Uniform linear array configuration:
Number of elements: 32
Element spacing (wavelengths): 0.25
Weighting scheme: uniform
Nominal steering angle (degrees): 60
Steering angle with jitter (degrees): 58.722
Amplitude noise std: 0.05
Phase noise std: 0.05

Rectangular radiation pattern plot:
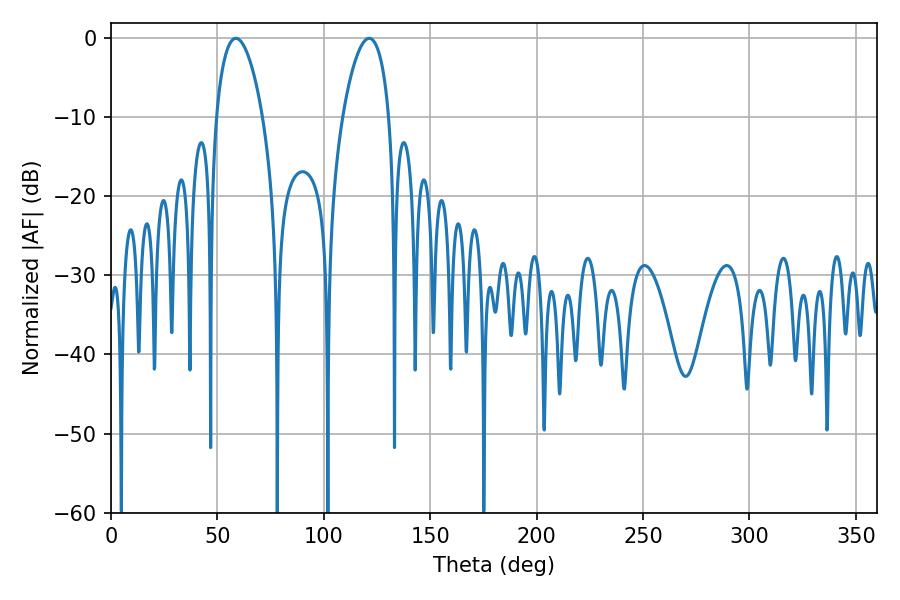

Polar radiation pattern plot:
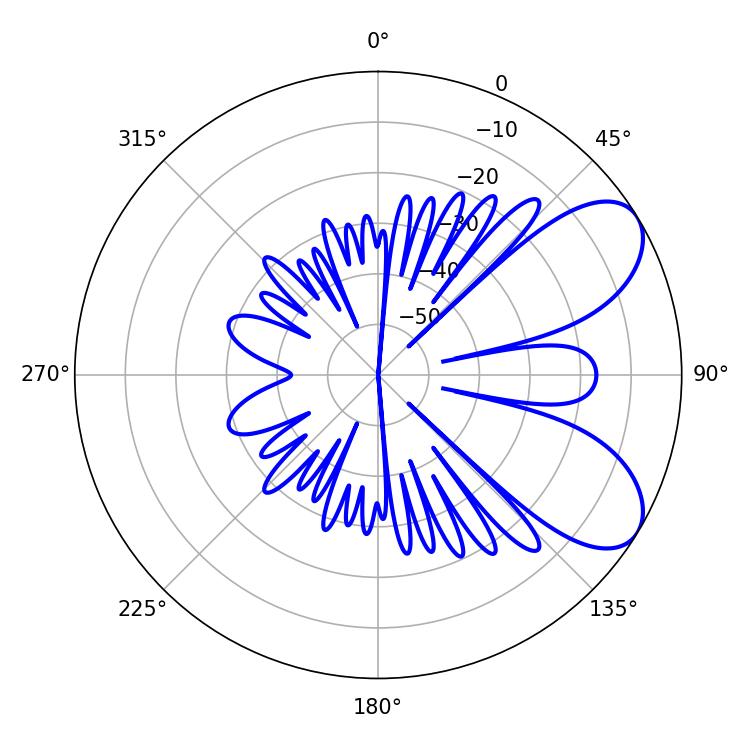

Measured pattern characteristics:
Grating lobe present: FALSE
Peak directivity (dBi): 7.006
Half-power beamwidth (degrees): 12.24
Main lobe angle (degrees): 58.68